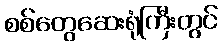
စစ်တွေဆေးရုံကြီးတွင်